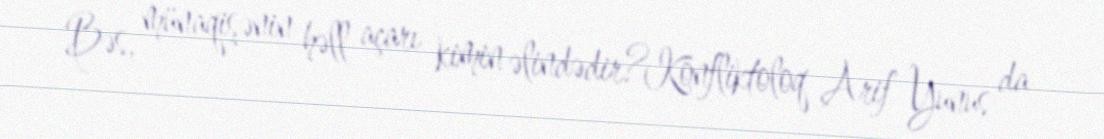
Bəs, münaqişənin həll açarı kimin əlindədir?Konfliktoloq Arif Yunus da